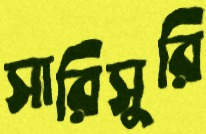
সারিসুরি